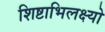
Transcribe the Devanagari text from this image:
शिष्टाभिलक्ष्यो